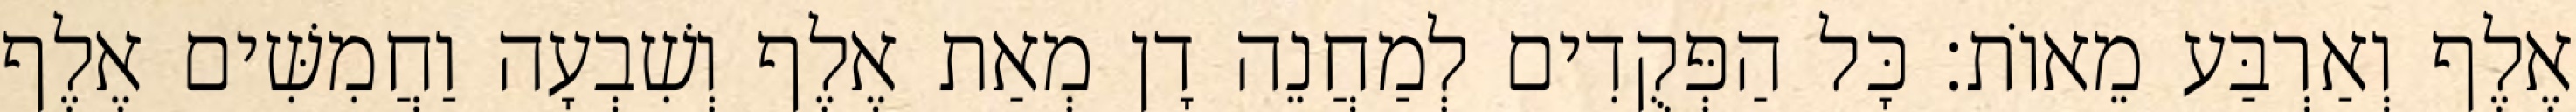
אֶלֶף וְאַרְבַּע מֵאוֹת׃ כָּל הַפְּקֻדִים לְמַחֲנֵה דָן מְאַת אֶלֶף וְשִׁבְעָה וַחֲמִשִּׁים אֶלֶף